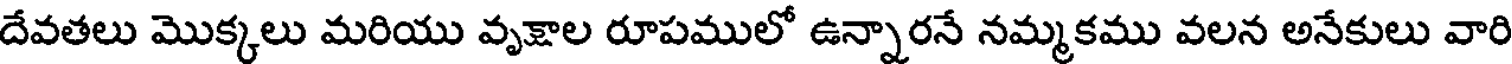
దేవతలు మొక్కలు మరియు వృక్షాల రూపములో ఉన్నారనే నమ్మకము వలన అనేకులు వారి